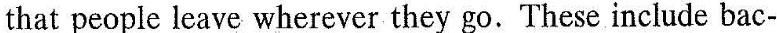
that people leave wherever they go.These include bac